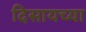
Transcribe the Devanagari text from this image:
दिसायच्या